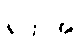
ရက်အ